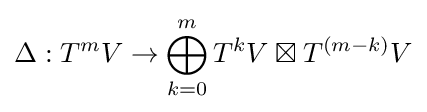
\Delta :T^{m}V\to \bigoplus _{k=0}^{m}T^{k}V\boxtimes T^{(m-k)}V